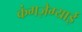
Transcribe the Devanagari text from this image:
कंगज़ेग्याई